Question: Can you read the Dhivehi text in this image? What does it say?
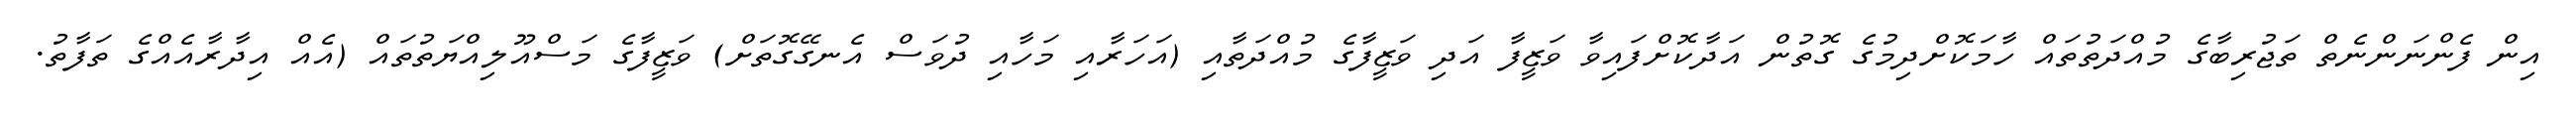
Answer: އިން ފެންނަންނެތް ތަޖުރިބާގެ މުއްދަތުތައް ހާމަކޮށްދިމުގެ ގޮތުން އަދާކޮށްފައިވާ ވަޒީފާ އަދި ވަޒީފާގެ މުއްދަތާއި (އަހަރާއި މަހާއި ދުވަސް އެނގޭގޮތަށް) ވަޒީފާގެ މަސްއޫލިއްޔަތުތައް (އެއް އިދާރާއެއްގެ ތަފާތު.